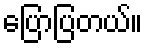
ပြောပြတယ်။